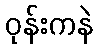
ဝုန်းကနဲ